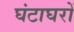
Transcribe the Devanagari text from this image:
घंटाघरों